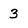
Character: 3